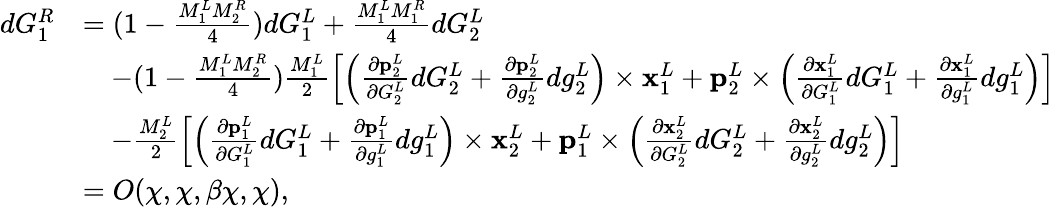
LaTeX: \begin{array}{rl}{dG_{1}^{R}}&{=(1-\frac{M_{1}^{L}M_{2}^{R}}{4})dG_{1}^{L}+\frac{M_{1}^{L}M_{1}^{R}}{4}dG_{2}^{L}}\\ &{\quad-(1-\frac{M_{1}^{L}M_{2}^{R}}{4})\frac{M_{1}^{L}}{2}\left[\left(\frac{\partial\mathbf{p}_{2}^{L}}{\partial G_{2}^{L}}dG_{2}^{L}+\frac{\partial\mathbf{p}_{2}^{L}}{\partial g_{2}^{L}}dg_{2}^{L}\right)\times\mathbf{x}_{1}^{L}+\mathbf{p}_{2}^{L}\times\left(\frac{\partial\mathbf{x}_{1}^{L}}{\partial G_{1}^{L}}dG_{1}^{L}+\frac{\partial\mathbf{x}_{1}^{L}}{\partial g_{1}^{L}}dg_{1}^{L}\right)\right]}\\ &{\quad-\frac{M_{2}^{L}}{2}\left[\left(\frac{\partial\mathbf{p}_{1}^{L}}{\partial G_{1}^{L}}dG_{1}^{L}+\frac{\partial\mathbf{p}_{1}^{L}}{\partial g_{1}^{L}}dg_{1}^{L}\right)\times\mathbf{x}_{2}^{L}+\mathbf{p}_{1}^{L}\times\left(\frac{\partial\mathbf{x}_{2}^{L}}{\partial G_{2}^{L}}dG_{2}^{L}+\frac{\partial\mathbf{x}_{2}^{L}}{\partial g_{2}^{L}}dg_{2}^{L}\right)\right]}\\ &{=O(\chi,\chi,\beta\chi,\chi),}\end{array}